Leningradi_Edasi_toimetus, lk 48
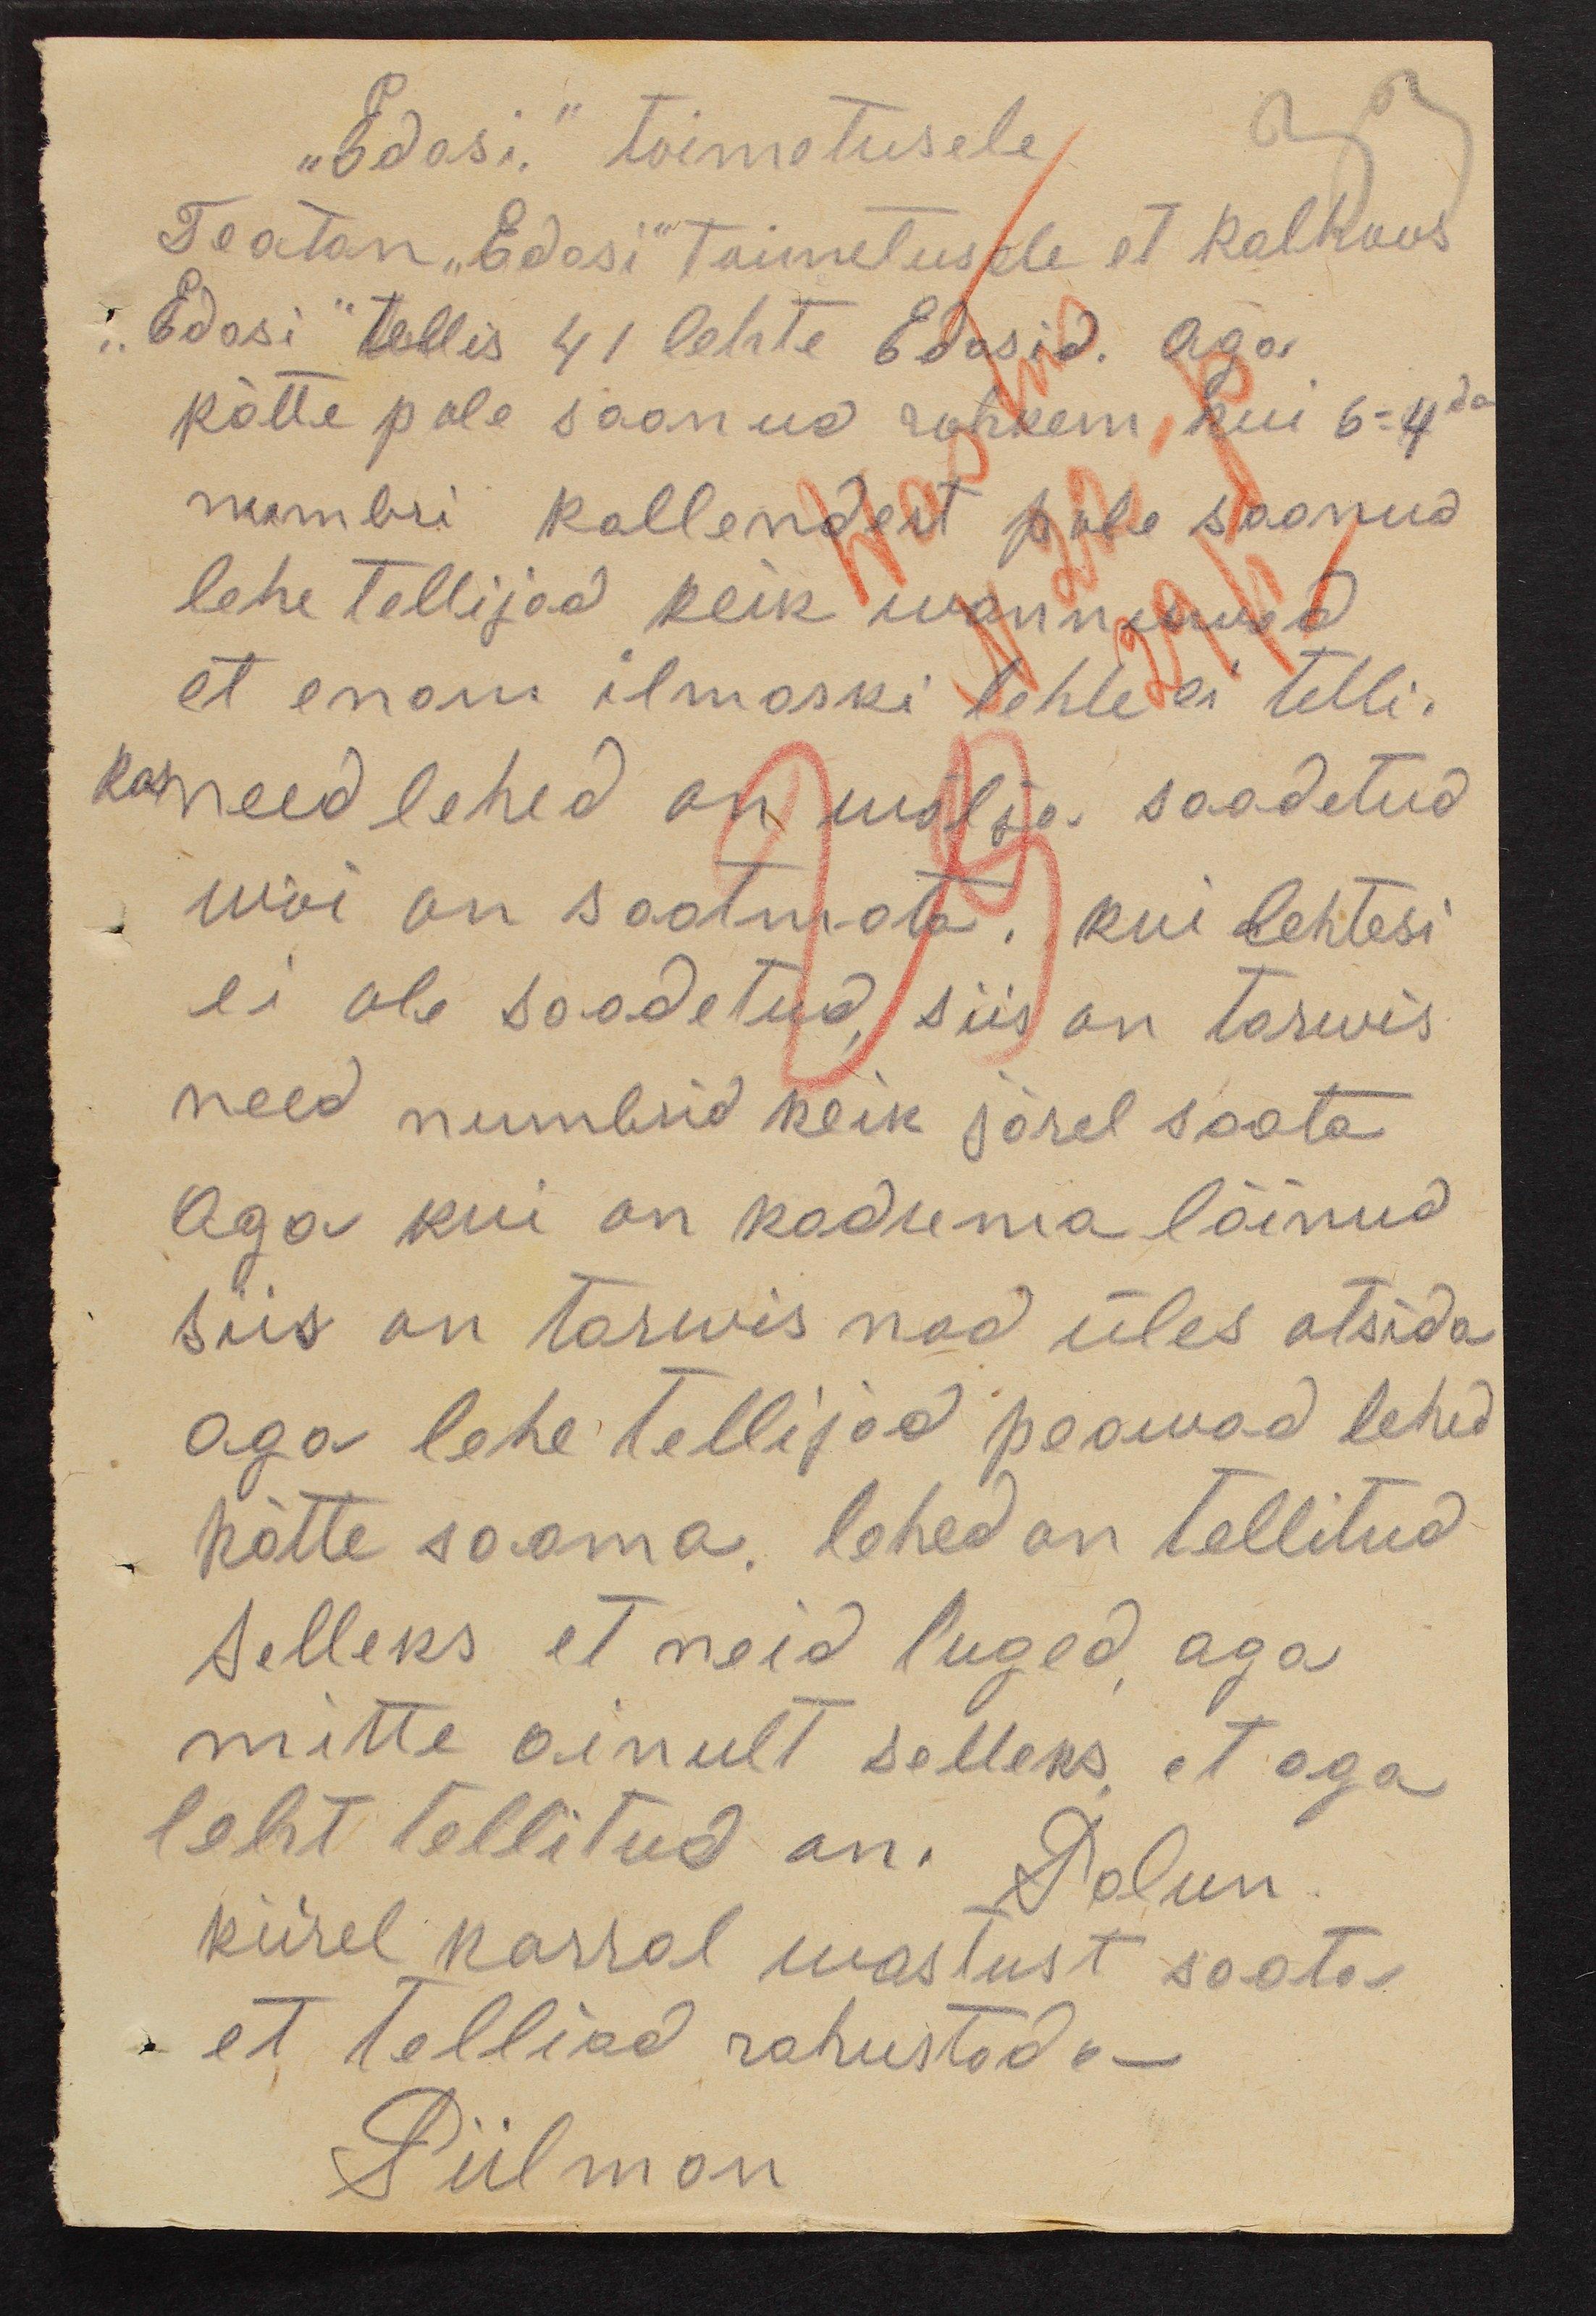
"Edasi," toimetusele
Teatan "Edasi" toimetusele et Kolhoos
"Edasi" tellis 41 lehte Edasid. Aga
kätte pole saanud rohkem kui 6-4da
numbri kallendert pole saanud
lehe tellijad keik wannuwad
et enam ilmaski lehte ei telli.
kas need lehed on wälja saadetud
wõi on saatmata, kui lehtesi
ei ole saadetud, siis on tarwis
need numbrid keik järel saata.
aga kui on kaduma läinud
siis on tarwis nad üles otsida
aga lehe tellijad peawad lehed
kätte saama, lehed on tellitud
selleks et neid luged aga
mitte ainult selleks, et aga
leht tellitud on. Palun
kiirel korral wastust saata.
et telliad rahustada -
Piilman